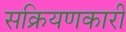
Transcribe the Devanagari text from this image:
सक्रियणकारी